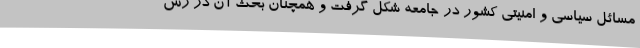
مسائل سیاسی و امنیتی کشور در جامعه شکل گرفت و همچنان بحث آن در رس